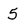
Character: 5